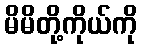
မိမိတို့ကိုယ်ကို